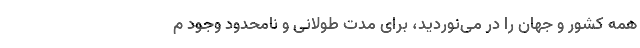
همه کشور و جهان را در می‌نوردید، برای مدت طولانی و نامحدود وجود م